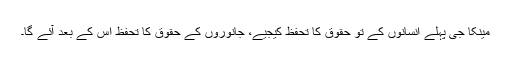
مینکا جی پہلے انسانوں کے تو حقوق کا تحفظ کیجیے، جانوروں کے حقوق کا تحفظ اس کے بعد آئے گا۔